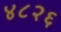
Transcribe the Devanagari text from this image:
४८२६